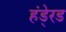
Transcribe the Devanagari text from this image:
हंडे्रड